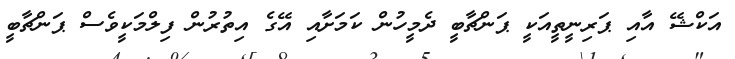
އަކްޝޭ އާއި ޕަރިނީތީއަކީ ޕަންޗާބީ ދެމީހުން ކަމަށާއި އޭގެ އިތުރުން ފިލްމަކީވެސް ޕަންޗާބީ